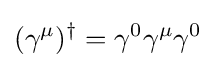
(\gamma ^{\mu })^{\dagger }=\gamma ^{0}\gamma ^{\mu }\gamma ^{0}